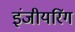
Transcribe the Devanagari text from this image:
इंजीयरिंग